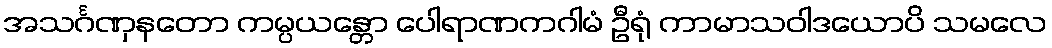
အသင်္ဂဏှနတော ကမ္ပယန္တော ပေါရာဏကဂါမံ ဦရုံ ကာမာသဝါဒယောပိ သမလေ